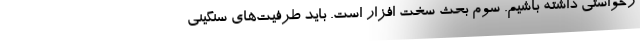
رخواستی داشته باشیم. سوم بحث سخت افزار است. باید طرفیت‌های سنگینی